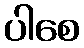
ပါစေ